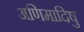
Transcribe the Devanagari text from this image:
अणिमादिषु